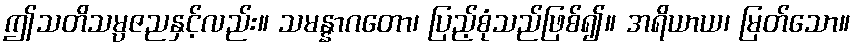
ဤသတိသမ္ပဇညနှင့်လည်း။ သမန္နာဂတော၊ ပြည့်စုံသည်ဖြစ်၍။ အရိယာယ၊ မြတ်သော။